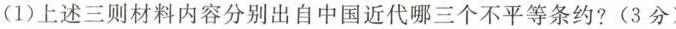
(1)上述三则材料内容分别出自中国近代哪三个不平等条约?(3分)